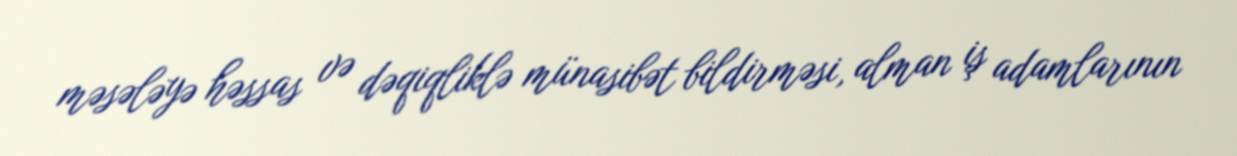
məsələyə həssas və dəqiqliklə münasibət bildirməsi, alman iş adamlarının